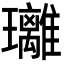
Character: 𤫚